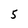
Character: 5